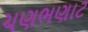
ચણભણાટ